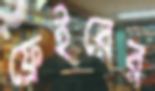
ফ্রেইরের